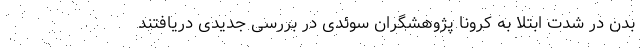
بدن در شدت ابتلا به کرونا پژوهشگران سوئدی در بررسی جدیدی دریافتند